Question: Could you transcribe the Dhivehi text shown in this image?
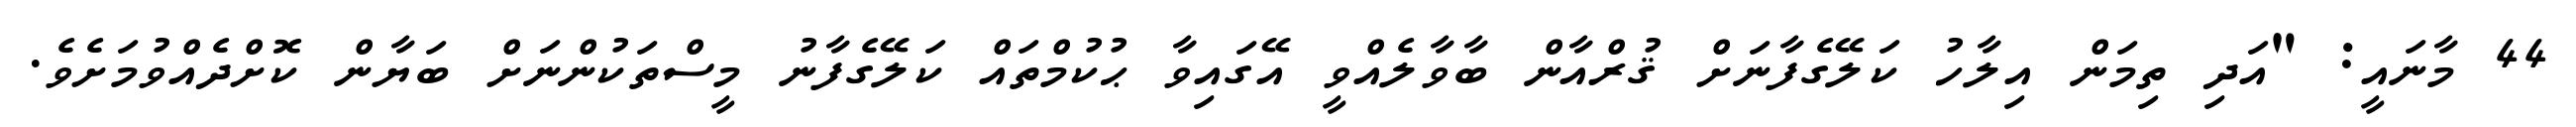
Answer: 44 މާނައީ: "އަދި ތިމަން އިލާހު ކަލޭގެފާނަށް ޤުރްއާން ބާވާލެއްވީ އޭގައިވާ ޙުކުމްތައް ކަލޭގެފާނު މީސްތަކުންނަށް ބަޔާން ކޮށްދެއްވުމަށެވެ.